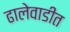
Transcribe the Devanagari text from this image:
ढालेवाडीत